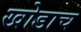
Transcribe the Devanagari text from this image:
खोडाच